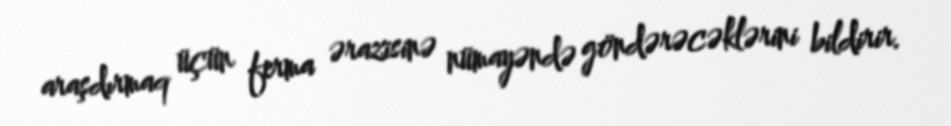
araşdırmaq üçün ferma ərazisinə nümayəndə göndərəcəklərini bildirir.